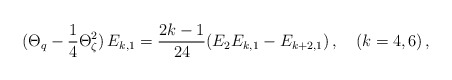
\begin{align*}(\Theta_q-\frac{1}{4}\Theta_\zeta^2)\,E_{k,1}=\frac{2k-1}{24} (E_2 E_{k,1}-E_{k+2,1})\,,\quad (k=4,6)\,,\end{align*}